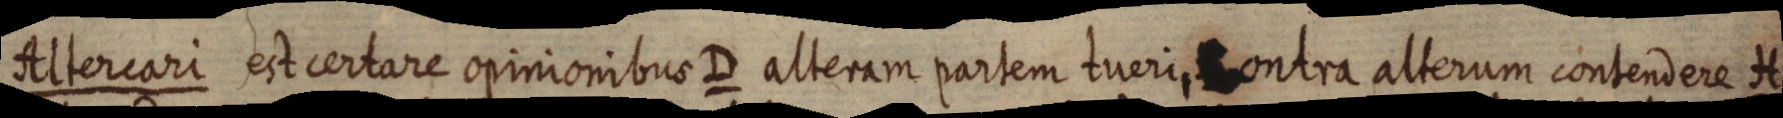
Altercari est certare opinionibus D alteram partem tueri, contra alterum contendere H